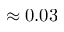
\approx 0 . 0 3